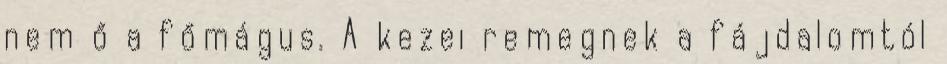
nem ő a főmágus. A kezei remegnek a fájdalomtól